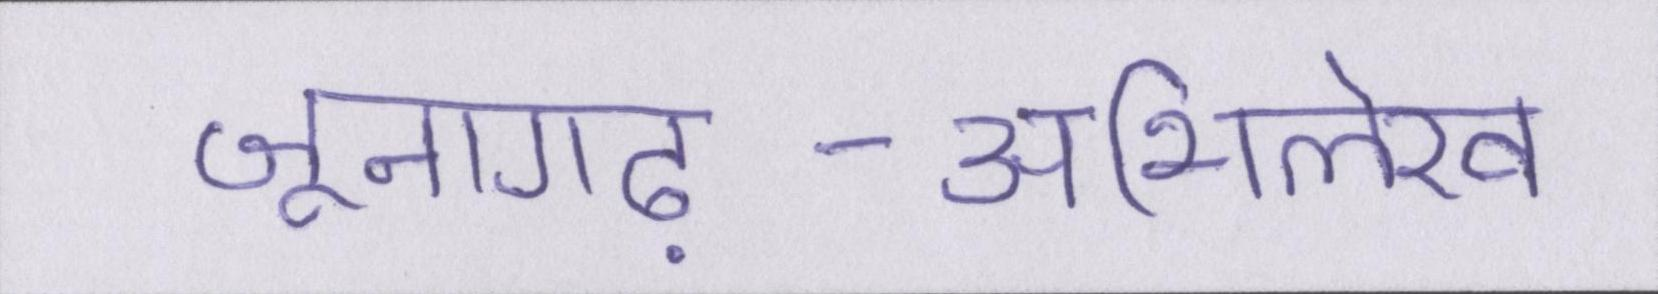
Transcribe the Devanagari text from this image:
जूनागढ़-अभिलेख